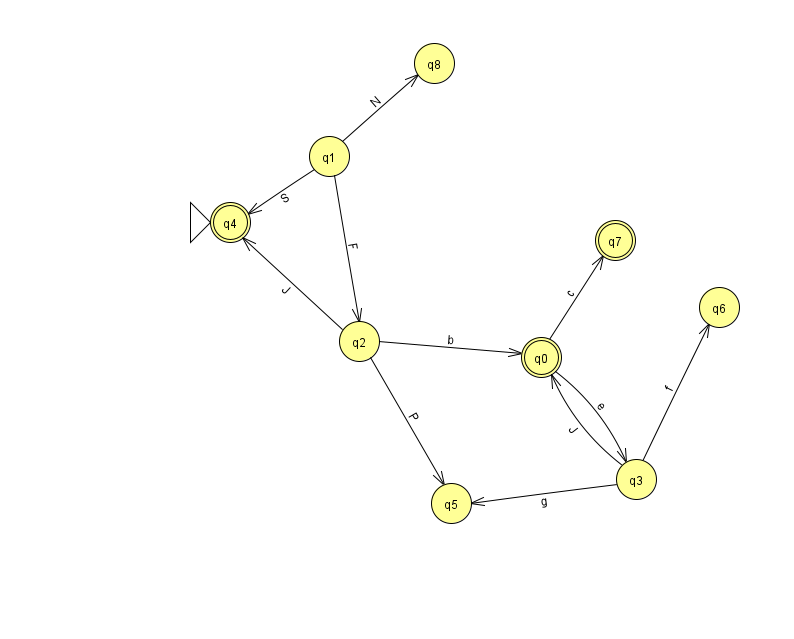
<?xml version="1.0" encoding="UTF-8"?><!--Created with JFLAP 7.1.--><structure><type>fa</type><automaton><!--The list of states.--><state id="0" name="q0"><x>541.0</x><y>344.0</y><final/></state><state id="1" name="q1"><x>329.0</x><y>143.0</y></state><state id="2" name="q2"><x>359.0</x><y>328.0</y></state><state id="3" name="q3"><x>636.0</x><y>466.0</y></state><state id="4" name="q4"><x>230.0</x><y>209.0</y><initial/><final/></state><state id="5" name="q5"><x>451.0</x><y>490.0</y></state><state id="6" name="q6"><x>719.0</x><y>294.0</y></state><state id="7" name="q7"><x>615.0</x><y>227.0</y><final/></state><state id="8" name="q8"><x>434.0</x><y>50.0</y></state><!--The list of transitions.--><transition><from>0</from><to>3</to><read>e</read></transition><transition><from>2</from><to>5</to><read>P</read></transition><transition><from>1</from><to>4</to><read>S</read></transition><transition><from>2</from><to>4</to><read>J</read></transition><transition><from>1</from><to>8</to><read>N</read></transition><transition><from>3</from><to>5</to><read>g</read></transition><transition><from>2</from><to>0</to><read>b</read></transition><transition><from>3</from><to>0</to><read>J</read></transition><transition><from>0</from><to>7</to><read>c</read></transition><transition><from>1</from><to>2</to><read>F</read></transition><transition><from>3</from><to>6</to><read>f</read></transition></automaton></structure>